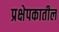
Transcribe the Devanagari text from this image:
प्रक्षेपकातील